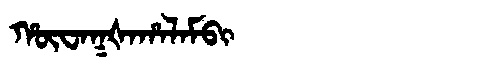
Manchu: ᡥᡡᠸᠠᡴᡧᠠᡥᠠᠯᠠᠮᠪᡳ
Romanization: HŪWAKŠAHALAMBI